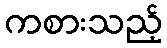
ကစားသည့်